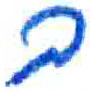
אות: ב